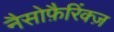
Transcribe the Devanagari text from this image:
नैसोफ़ैरिंक्ज़